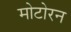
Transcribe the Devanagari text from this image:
मोटोरन